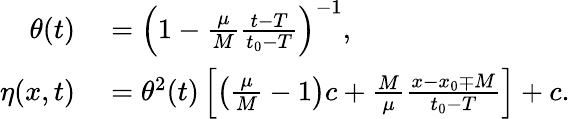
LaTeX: \begin{array}{rl}{\theta(t)}&{{}=\left(1-\frac{\mu}{M}\frac{t-T}{t_{0}-T}\right)^{-1},}\\ {\eta(x,t)}&{{}=\theta^{2}(t)\left[\left(\frac{\mu}{M}-1\right)c+\frac{M}{\mu}\frac{x-x_{0}\mp M}{t_{0}-T}\right]+c.}\end{array}